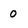
Character: 0